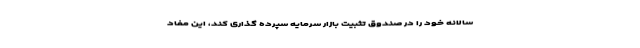
سالانه خود را در صندوق تثبیت بازار سرمایه سپرده گذاری کند، این مفاد